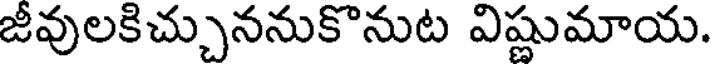
జీవులకిచ్చుననుకొనుట విష్ణుమాయ.